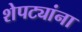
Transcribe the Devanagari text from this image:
शेपट्यांना